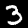
Label: 3